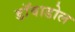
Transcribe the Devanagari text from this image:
डाॅवाडोल